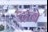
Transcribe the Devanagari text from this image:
ट्राबे